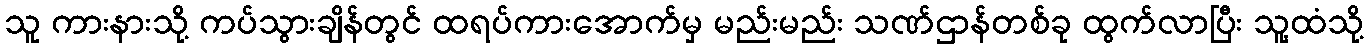
သူ ကားနားသို့ ကပ်သွားချိန်တွင် ထရပ်ကားအောက်မှ မည်းမည်း သဏ်ဌာန်တစ်ခု ထွက်လာပြီး သူ့ထံသို့